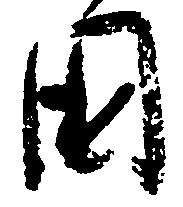
国